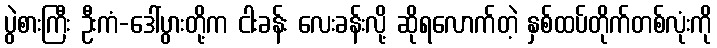
ပွဲစားကြီး ဦးကံ-ဒေါ်ပွားတို့က ငါးခန်း လေးခန်းလို့ ဆိုရလောက်တဲ့ နှစ်ထပ်တိုက်တစ်လုံးကို